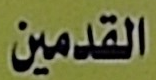
القدمين